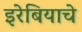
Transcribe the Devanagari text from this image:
इरेबियाचे